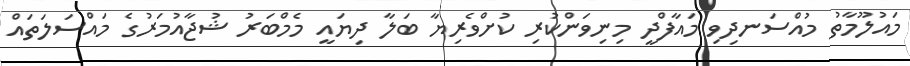
މައުލޫމާތު މުއްސަނދިވި މައާފްދީ މިނިވަންކުރި ކުށްވެރިޔާ ބަލާ ދިޔައީ މެމްބަރު ޝުޖާއުމަރުގެ މައްސަލަތައް